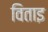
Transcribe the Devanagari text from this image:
विताइ